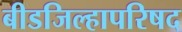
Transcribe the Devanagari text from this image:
बीडजिल्हापरिषद